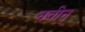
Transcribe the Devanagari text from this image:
नवीन्